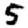
Digit: 5